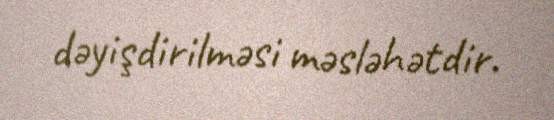
dəyişdirilməsi məsləhətdir.